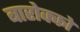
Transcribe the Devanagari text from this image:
बारोक्को